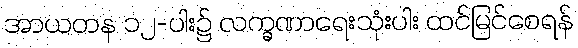
အာယတန ၁၂-ပါး၌ လက္ခဏာရေးသုံးပါး ထင်မြင်စေရန်